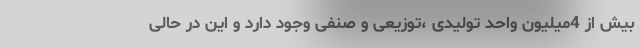
بیش از 4میلیون واحد تولیدی ،توزیعی و صنفی وجود دارد و این در حالی